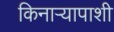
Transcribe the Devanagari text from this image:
किनाऱ्यापाशी